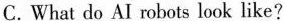
C.What do AI robots look like?